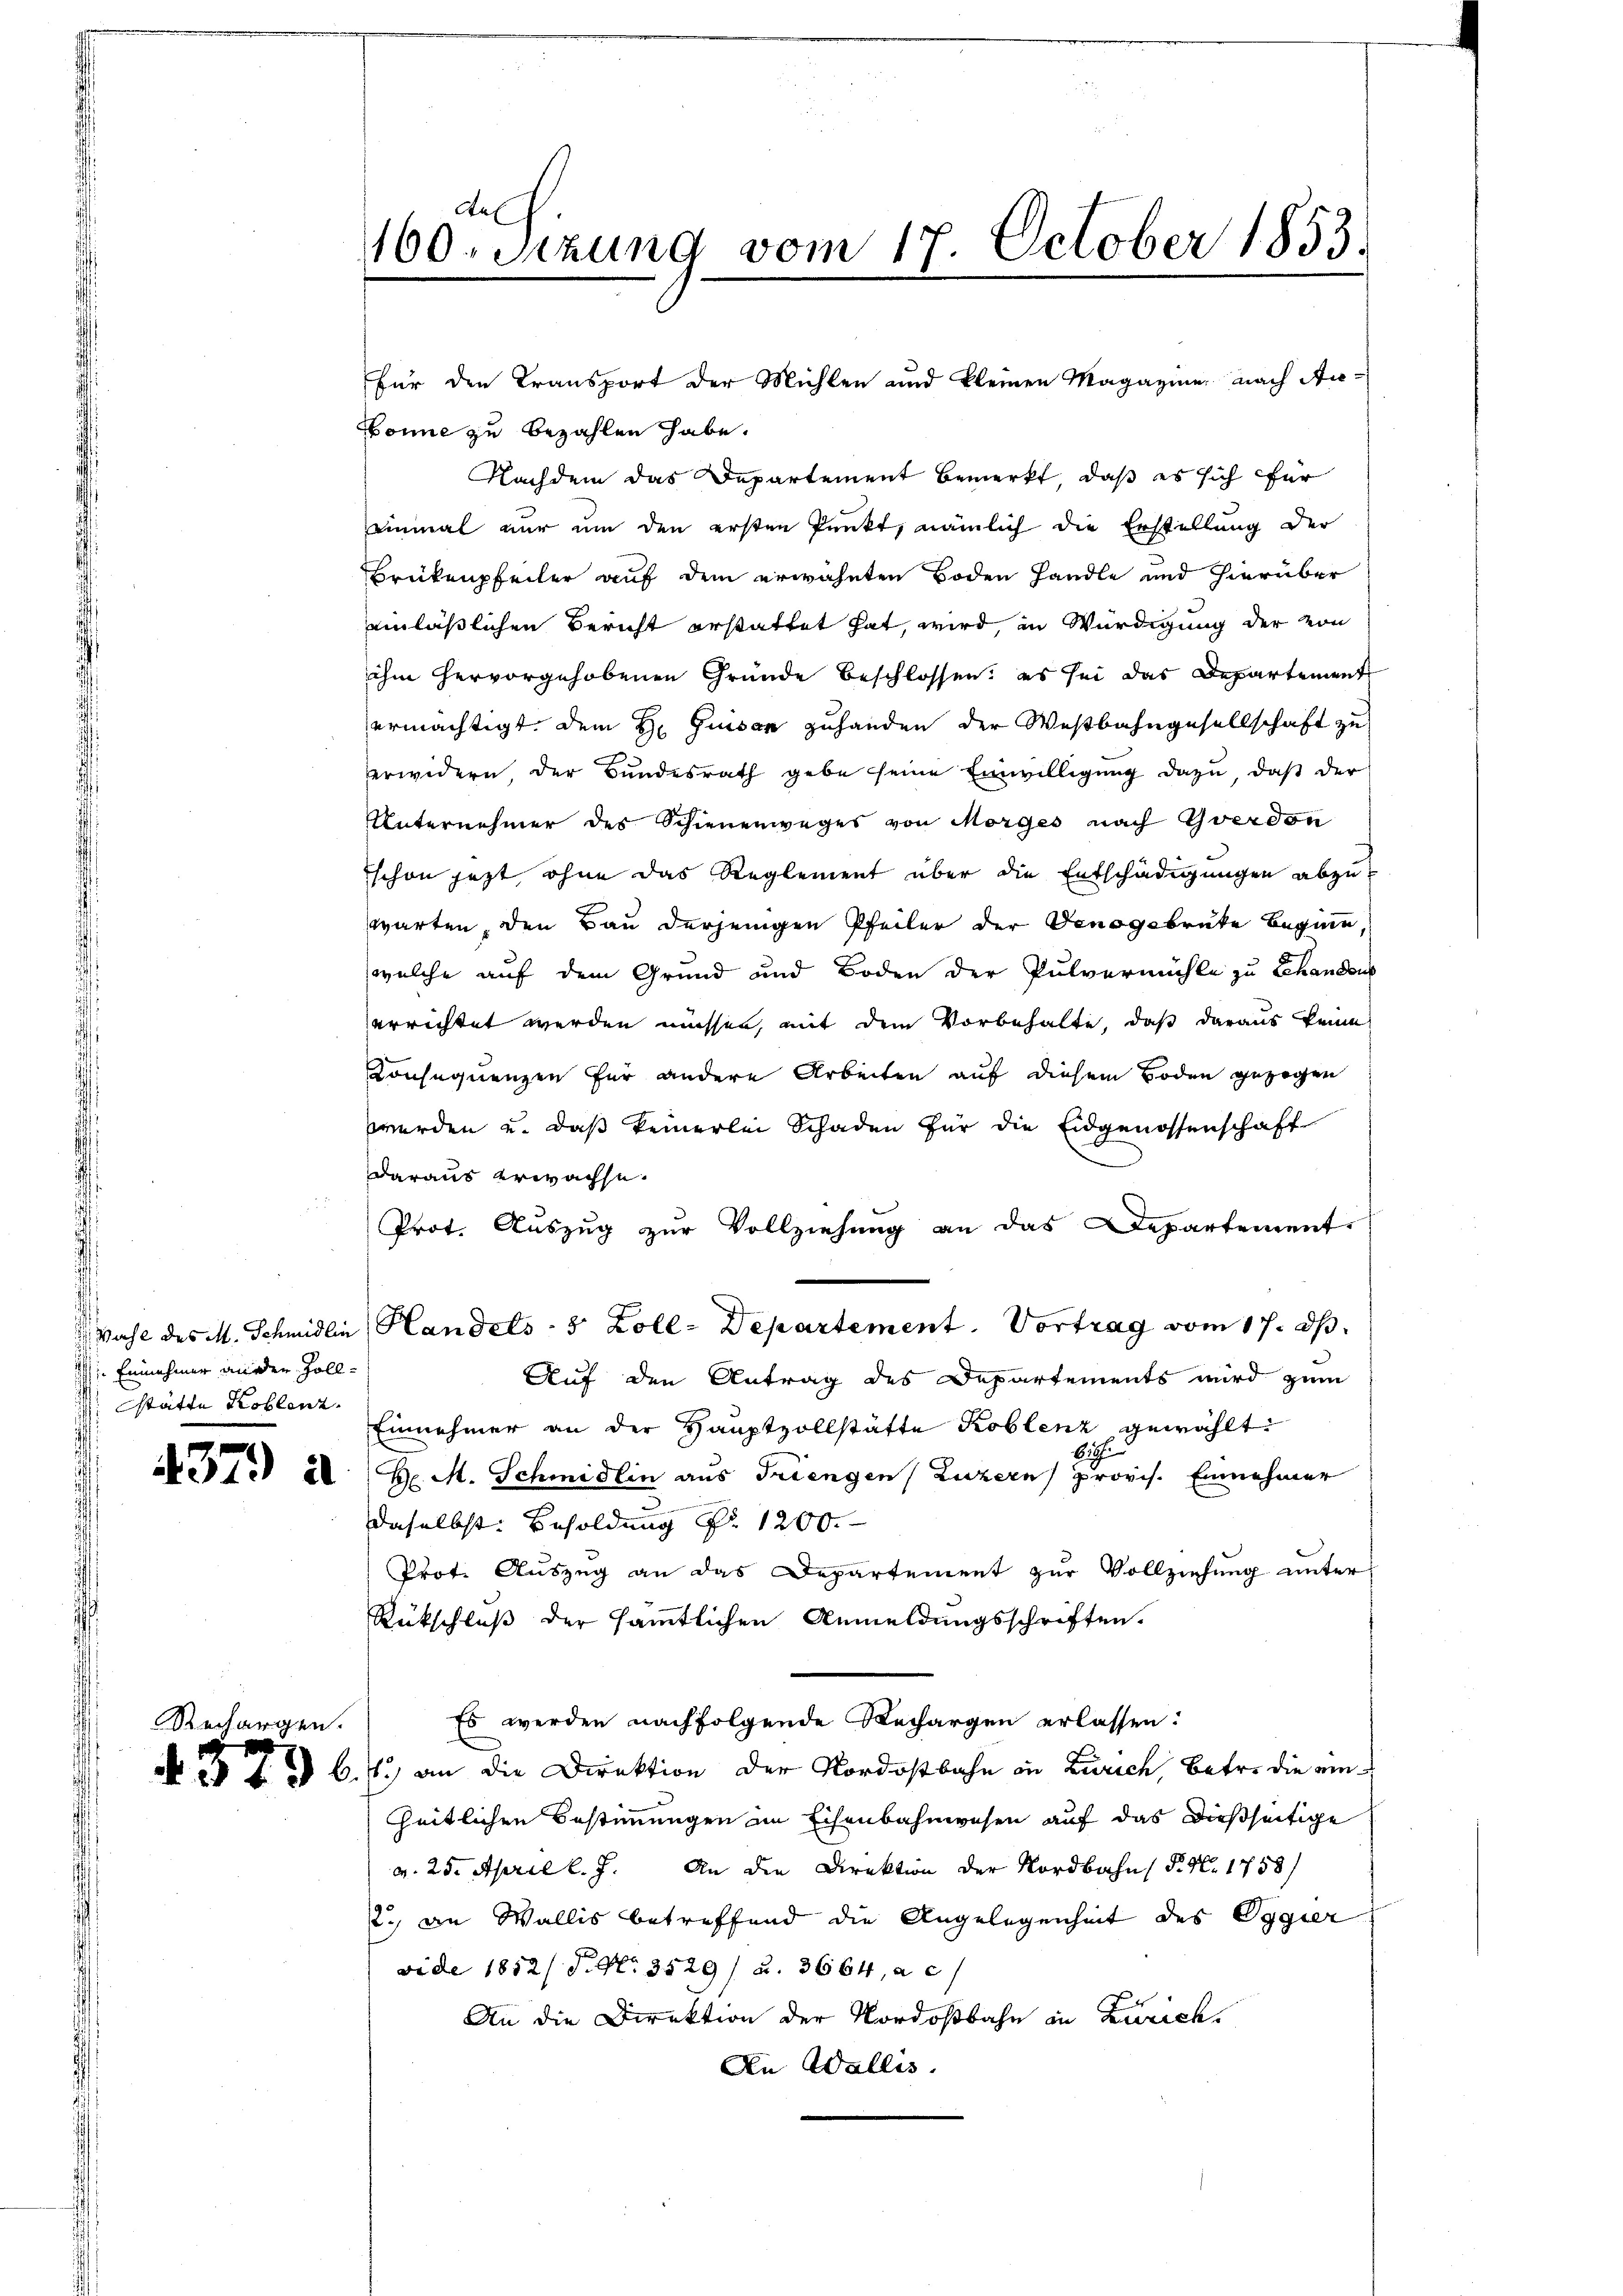
Einnehmer an der Zollstätte Koblenz.

Bonne zu bezahlen habe.
Nachdem das Departement bemerkt, daß es sich für
einmal nur um den ersten Punkt, nämlich die Erstellung der
Brükenpfeiler auf dem erwähnten Boden Handle und hierüber
einläßlichen Bericht erstattet hat, wird, in Würdigung der von
ihm hervorgehobenen Gründe beschlossen; es sei das Departement
ermächtigt. Dem H. Guisar zuhanden der Westbahngesellschaft zu
erwidern, der Bundesrath gebe seine Einwilligung dazu, daß der
Unternehmer des Schienenweges von Morges nach Yverdon
schon jetzt, ohne das Reglement über die Entschädigungen abzut
warten, den Bau derjenigen Pfeiler der Genogsbruke Beginn,
welche auf dem Grund und Boden der Pulvermühle zu Schandeu
errichtet werden müssen, mit dem Vorbehalte, daß daraus keine
Konsequenzen für andere Arbeiten auf diesem Boden gezogen
werden u. daß keinerlei Schaden für die Eidgenossenschaft
daraus erwachse.
Prot. Auszug zur Vollziehung an das Departement
Wahl des M. Schmidlin, Handels- 8 Zoll-Departement. Vortrag vom 17. d.
Auf den Antrag des Departements wird zum
Einnehmer an der Hauptvollstätte Koblenz gewählt:
2
 37. 20. H. M. Schmidlin aus Triengen Luzern) provis. Einnahmer
daselbst: Besoldung Nr 1200.
Prot. Auszug an das Departement zur Vollziehung unter
Rückschluß der sämmtlichen Anmeldungsschriften.
Es werden nachfolgende Rechargen erlassen:
N 37 n 6. fl., an die Direktion der Nordostbahn in Zürich, Betr. die einheitlichen Bestimmungen im Eisenbahnwesen auf das dießseitige
a. 25. April l. J. An die Direktion der Nordbahn P. Nr. 1758/
2., an Wallis betreffend die Angelegenheit des Orgier
vide 1852/ P. Nr. 3529) u. 3664, a c
An die Direktion der Nordostbahn in Zürich,
An Wallis.

Rechargen.

Aal
160. Sitzung vom 17. October 1853.

für den Transport der Mühlen und kleinen Magazine nach An¬